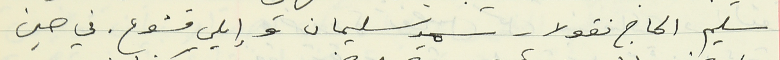
سليم الحاج نقولا - سمير سليمان وإيلي قشوع. في حين